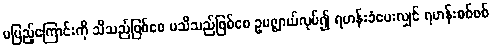
မပြည့်ကြောင်းကို သိသည်ဖြစ်စေ မသိသည်ဖြစ်စေ ဥပဇ္ဈာယ်လုပ်၍ ရဟန်းခံပေးလျှင် ရဟန်းစစ်စစ်